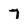
Character: 7